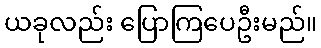
ယခုလည်း ပြောကြပေဦးမည်။